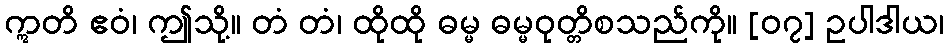
ဣတိ ဧဝံ၊ ဤသို့။ တံ တံ၊ ထိုထို ဓမ္မ ဓမ္မဝုတ္တိစသည်ကို။ [၀၇] ဥပါဒါယ၊